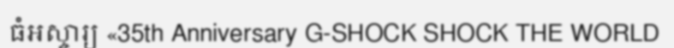
ធំអស្ចារ្យ «35th Anniversary G-SHOCK SHOCK THE WORLD